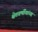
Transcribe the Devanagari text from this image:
श्वेतवर्णीयांच्या